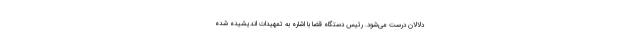
دلالان درست می‌شود. رئیس دستگاه قضا با اشاره به تمهیدات اندیشیده شده